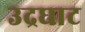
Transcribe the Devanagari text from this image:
उद्रघाट